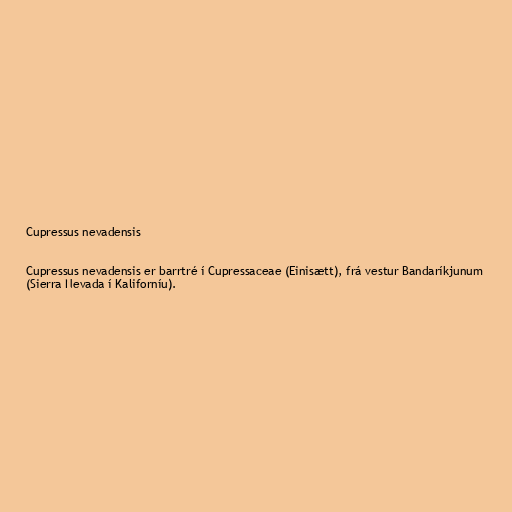
Cupressus nevadensis

Cupressus nevadensis er barrtré í Cupressaceae (Einisætt), frá vestur Bandaríkjunum
(Sierra Nevada í Kaliforníu).